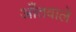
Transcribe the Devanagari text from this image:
आँतवाले